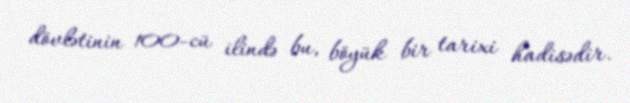
dövlətinin 100-cü ilində bu, böyük bir tarixi hadisədir.